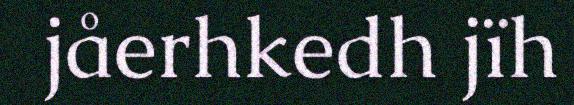
jåerhkedh jïh